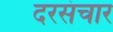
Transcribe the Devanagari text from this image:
दरसंचार